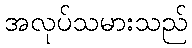
အလုပ်သမားသည်